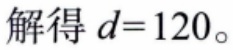
解得 \(d = 120\)。